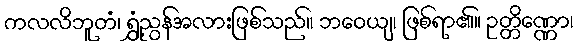
ကလလိဘူတံ၊ ရွှံ့ညွန်အလားဖြစ်သည်။ ဘဝေယျ၊ ဖြစ်ရာ၏။ ဥတ္တိဏ္ဏော၊